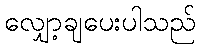
လျှော့ချပေးပါသည်